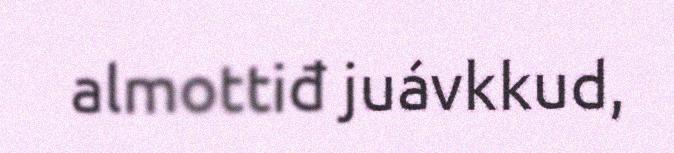
almottiđ juávkkud,